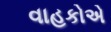
વાહકોએ